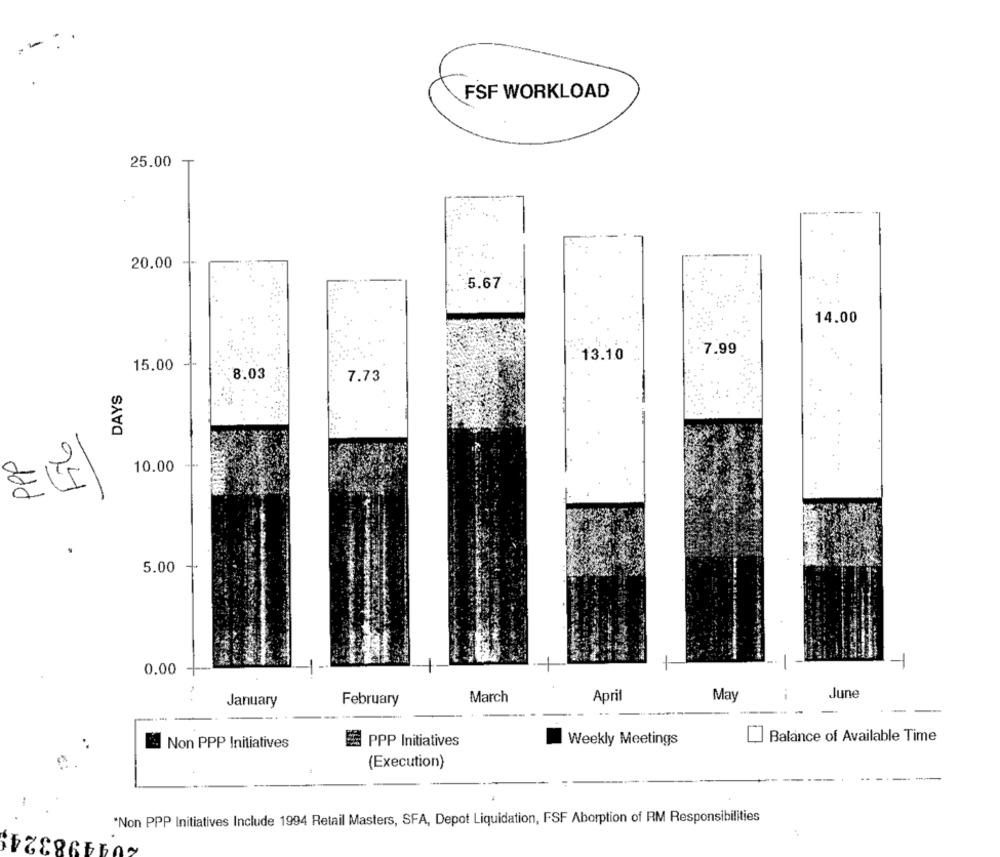
-
FSF WORKLOAD
25.00
T
------
20.00
5.67
14.00
. ...
7.99
13.10
15.00
8.03
7.73
DAYS
PPP
10.00
24
5.00
1
0.00
April
.-
June
January
February
March
May
[] Balance of Available Time
E Non PPP Initiatives
PPP Initiatives
Weekly Meetings
(Execution)
"Non PPP Initiatives Include 1994 Retail Masters, SFA, Depot Liquidation, FSF Aborption of RM Responsibilities
209498324